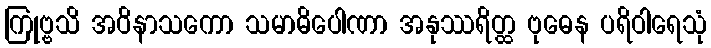
ကြုဗ္ဗသိ အဝိနာသကော သမာဓိပေါဏာ အနုဿရိတ္ထ ဗုဓေန ပရိဝါရေသုံ